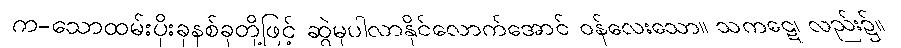
က-သောထမ်းပိုးခုနစ်ခုတို့ဖြင့် ဆွဲမှပါလာနိုင်လောက်အောင် ဝန်လေးသော။ သကဋေ၊ လည်း၌။